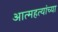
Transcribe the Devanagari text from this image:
आत्महत्यांच्या